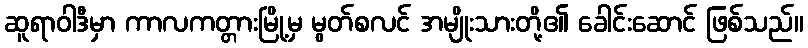
ဆူရာဝါဒီမှာ ကာလကတ္တားမြို့မှ မွတ်စလင် အမျိုးသားတို့၏ ခေါင်းဆောင် ဖြစ်သည်။